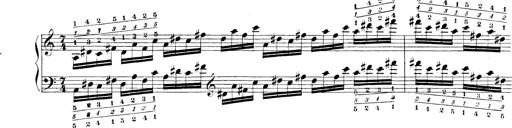
Title: Technische Studien
Composer: Franz Liszt